Scientific memoirs by medical officers of the Army of India - Part XII,
Year: 1901
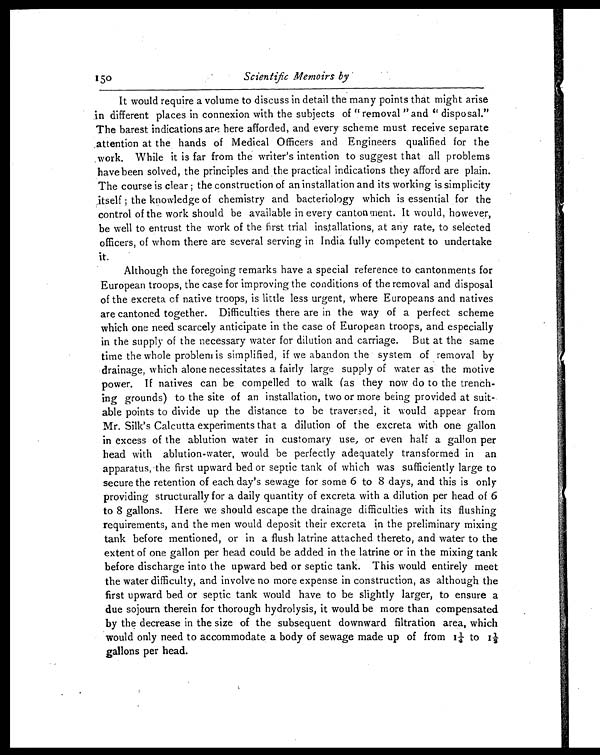
Scientific Memoirs by
It would require a volume to discuss in detail the many points that might arise
in different places in connexion with the subjects of "removal "and "disposal."
The barest indications are here afforded, and every scheme must receive separate
attention at the hands of Medical Officers and Engineers qualified for the
work. While it is far from the writer's intention to suggest that all problems
have been solved, the principles and the practical indications they afford are plain.
The course is clear; the construction of an installation and its working is simplicity
itself; the knowledge of chemistry and bacteriology which is essential for the
control of the work should be available in every cantonment. It would, however,
be well to entrust the work of the first trial installations, at any rate, to selected
officers, of whom there are several serving in India fully competent to undertake
it.
Although the foregoing remarks have a special reference to cantonments for
European troops, the case for improving the conditions of the removal and disposal
of the excreta of native troops, is little less urgent, where Europeans and natives
are cantoned together. Difficulties there are in the way of a perfect scheme
which one need scarcely anticipate in the case of European troops, and especially
in the supply of the necessary water for dilution and carriage. But at the same
time the whole problem is simplified, if we abandon the system of removal by
drainage, which alone necessitates a fairly large supply of water as the motive
power. If natives can be compelled to walk (as they now do to the trench
-
ing grounds) to the site of an installation, two or more being provided at suit
-
able points to divide up the distance to be traversed, it would appear from
Mr. Silk's Calcutta experiments that a dilution of the excreta with one gallon
in excess of the ablution water in customary use, or even half a gallon per
head with ablution-water, would be perfectly adequately transformed in an
apparatus, the first upward bed or septic tank of which was sufficiently large to
secure the retention of each day's sewage for some 6 to 8 days, and this is only
providing structurally for a daily quantity of excreta with a dilution per head of 6
to 8 gallons. Here we should escape the drainage difficulties with its flushing
requirements, and the men would deposit their excreta in the preliminary mixing
tank before mentioned, or in a flush latrine attached thereto, and water to the
extent of one gallon per head could be added in the latrine or in the mixing tank
before discharge into the upward bed or septic tank. This would entirely meet
the water difficulty, and involve no more expense in construction, as although the
first upward bed or septic tank would have to be slightly larger, to ensure a
due sojourn therein for thorough hydrolysis, it would be more than compensated
by the decrease in the size of the subsequent downward filtration area, which
would only need to accommodate, a body of sewage made up of from 1¼ to 1½
gallons per head.
150